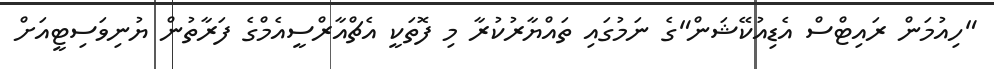
"ހިއުމަން ރައިޓްސް އެޑިއުކޭޝަން"ގެ ނަމުގައި ތައްޔާރުކުރާ މި ފޮތަކީ އެޗްއާރްސީއެމްގެ ފަރާތުން ޔުނިވަސިޓީއަށް